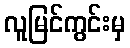
လူမြင်ကွင်းမှ